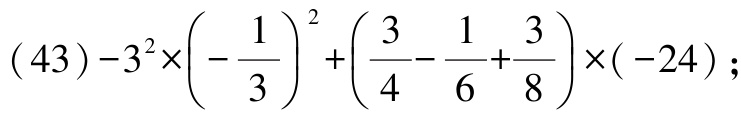
\((43)-3^{2}\times\left(-\frac{1}{3}\right)^{2}+\left(\frac{3}{4}-\frac{1}{6}+\frac{3}{8}\right)\times(-24)\)